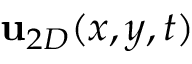
{ \bf u } _ { 2 D } ( x , y , t )